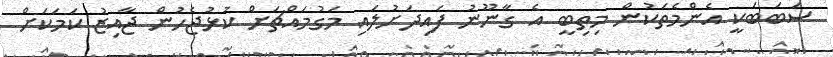
ސަބަބަކީ އެންމެތަކުން މިތިބީ އެ ގާނޫނު ފައިދަށުލައި މަގުމައްޗަށް ކުޅުޖެހުން ޖާއިޒު ކަމަކަށް